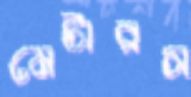
মেটারস